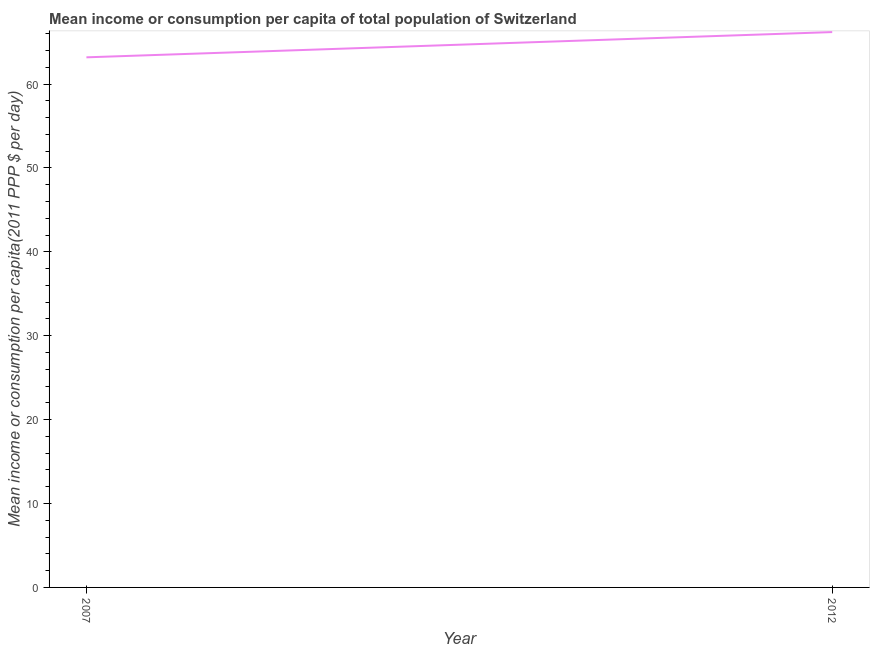
| Year | Total population |
 | --- | --- |
 | 2007 | 63.2 |
 | 2012 | 66.2 |